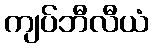
ကျပ်ဘီလီယံ